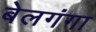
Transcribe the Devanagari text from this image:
बेलगंगा